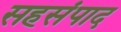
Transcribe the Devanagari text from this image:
सहसंपाद